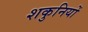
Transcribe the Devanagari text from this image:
शकुनियों